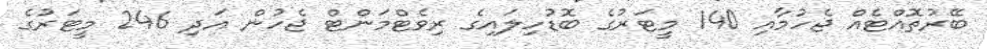
ބޭރުތޮއްޓެއް ޖެހުމާއި 140 މީޓަރުގެ ބޮޑުހިލައިގެ ރިވެޓްމަންޓް ޖެހުން އަދި 246 މީޓަރުގެ